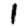
Digit: 1